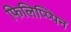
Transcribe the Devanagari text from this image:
फिलिप्प्पिन